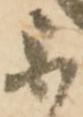
不